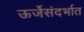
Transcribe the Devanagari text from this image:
ऊर्जेसंदर्भात